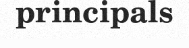
principals